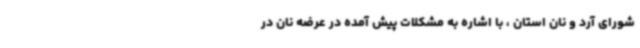
شورای آرد و نان استان ، با اشاره به مشکلات پیش آمده در عرضه نان در